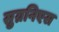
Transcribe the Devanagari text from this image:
सुग्रनिएस